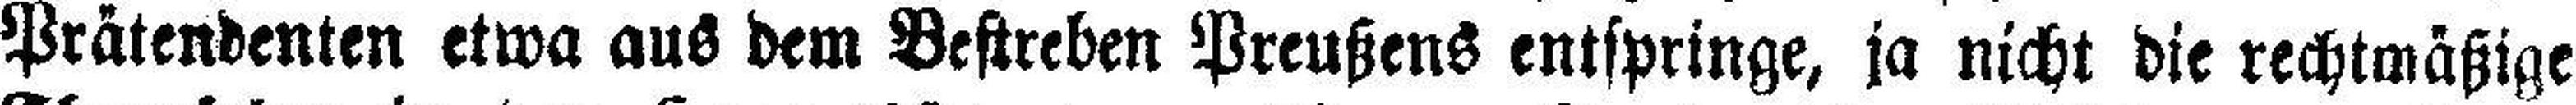
Prätendenten etwa aus dem Bestreben Preußens entspringe, ja nicht die rechtmäßige